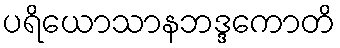
ပရိယောသာနဘဒ္ဒကောတိ